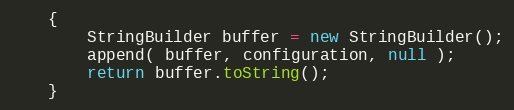
Language: Java
    {
        StringBuilder buffer = new StringBuilder();
        append( buffer, configuration, null );
        return buffer.toString();
    }